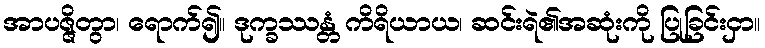
အာပဇ္ဇိတွာ၊ ရောက်၍။ ဒုက္ခဿန္တံ ကိရိယာယ၊ ဆင်းရဲ၏အဆုံးကို ပြုခြင်းငှာ။